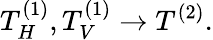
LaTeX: T_{H}^{(1)},T_{V}^{(1)}\rightarrow T^{(2)}.